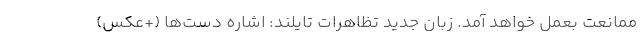
ممانعت بعمل خواهد آمد. زبان جدید تظاهرات تایلند: اشاره دست‌ها (+عکس)